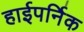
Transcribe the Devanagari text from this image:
हाईपर्निक